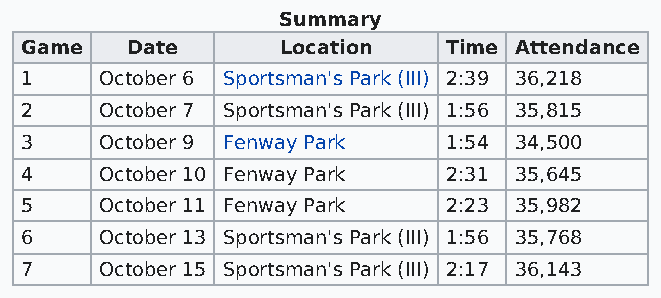
Summary
 Game   Date       Location  Time Attendance
 1     October 6 Sportsman's Park (III) 2:39 36,218
 2     October 7 Sportsman's Park (III) 1:56 35,815
 3     October 9 Fenway Park 1:54 34,500
 4     October 10 Fenway Park 2:31 35,645
 5     October 11 Fenway Park 2:23 35,982
 6     October 13 Sportsman's Park (III) 1:56 35,768
 7     October 15 Sportsman's Park (III) 2:17 36,143